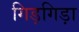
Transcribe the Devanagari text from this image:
गिड़गिड़ा